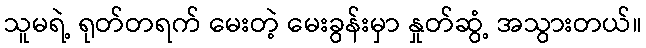
သူမရဲ့ ရုတ်တရက် မေးတဲ့ မေးခွန်းမှာ နှုတ်ဆွံ့ အသွားတယ်။